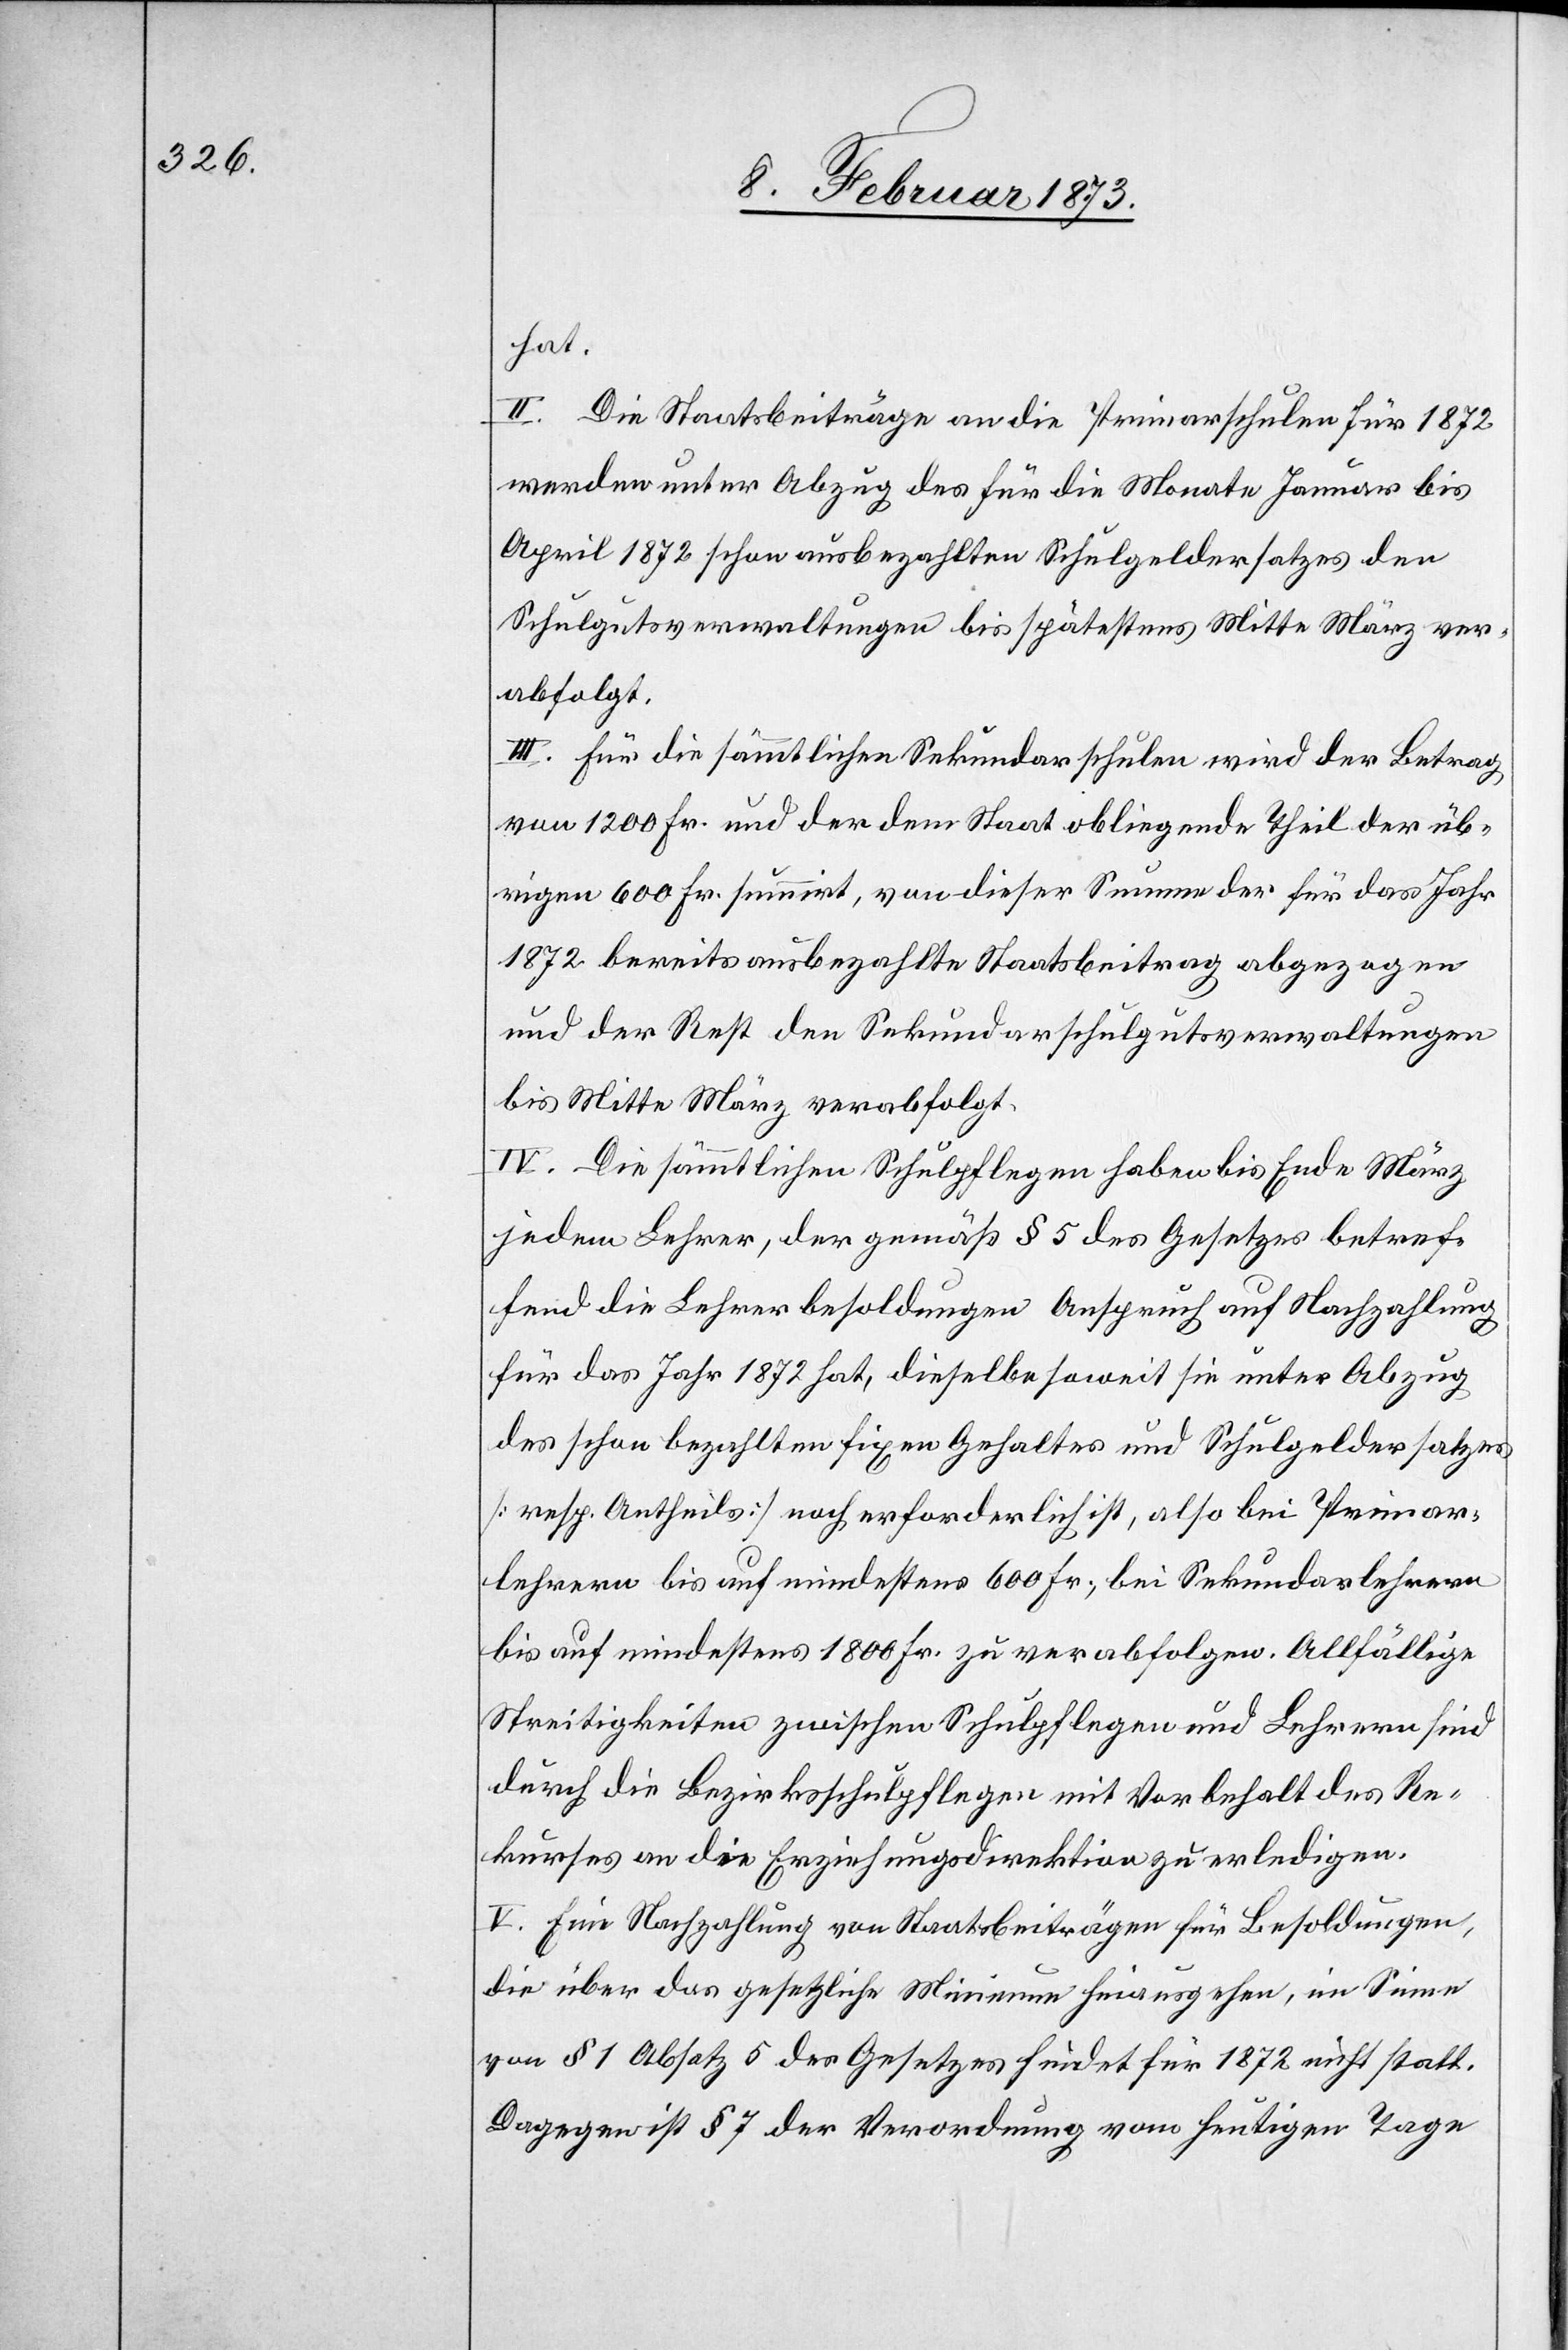
hat.
II. Die Staatsbeiträge an die Primarschulen für 1872
werden unter Abzug des für die Monate Januar bis
April 1872 schon ausbezahlten Schulgeldersatzes den
Schulgutsverwaltungen bis spätestens Mitte März ver¬
abfolgt.
III. für die sämmtlichen Sekundarschulen wird der Betrag
von 1200 Fr. und der dem Staat obliegende Theil der üb¬
rigen 600 Fr. summirt, von dieser Summe der für das Jahr
1872 bereits ausbezahlte Staatsbeitrag abgezogen
und der Rest den Sekundarschulgutsverwaltungen
bis Mitte März verabfolgt.
IV. Die sämmtlichen Schulpflegen haben bis Ende März
jedem Lehrer, der gemäß § 5 des Gesetzes betref¬
fend die Lehrerbesoldungen Anspruch auf Nachzahlung
für das Jahr 1872 hat, dieselbe soweit sie unter Abzug
des schon bezahlten fixen Gehaltes und Schulgeldersatzes
[resp. Antheils] noch erforderlich ist, also bei Primar¬
lehrern bis auf mindestens 600 Fr., bei Sekundarlehrern
bis auf mindestens 1800 Fr. zu verabfolgen. Allfällige
Streitigkeiten zwischen Schulpflegen und Lehrern sind
durch die Bezirksschulpflegen mit Vorbehalt des Re¬
kurses an die Erziehungsdirektion zu erledigen.
V. Eine Nachzahlung von Staatsbeiträgen für Besoldungen,
die über das gesetzliche Minimum hinausgehen, im Sinne
von § 1 Absatz 5 des Gesetzes findet für 1872 nicht statt.
Dagegen ist § 7 der Verordnung vom heutigen Tage